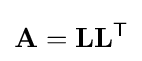
\mathbf {A} =\mathbf {L} \mathbf {L} ^{\mathsf {T}}